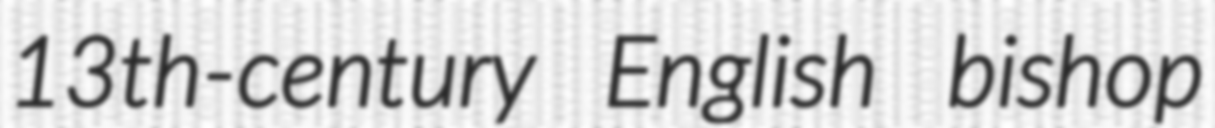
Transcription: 13th-century English bishop